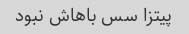
پیتزا سس باهاش نبود